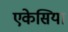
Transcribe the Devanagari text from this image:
एकेसिया